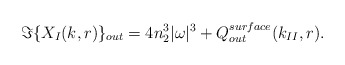
\begin{align*}\Im\{ X_I(k,r) \}_{out}= 4 n_2^3 |\omega|^3 + Q_{out}^{surface}(k_{II},r).\end{align*}